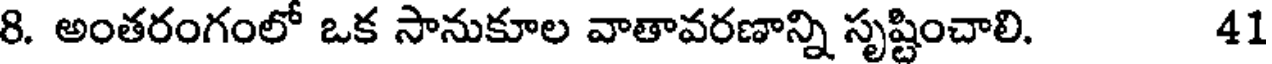
8. అంతరంగంలో ఒక సానుకూల వాతావరణాన్ని సృష్టించాలి. 41